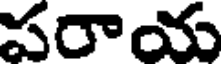
పరాయ